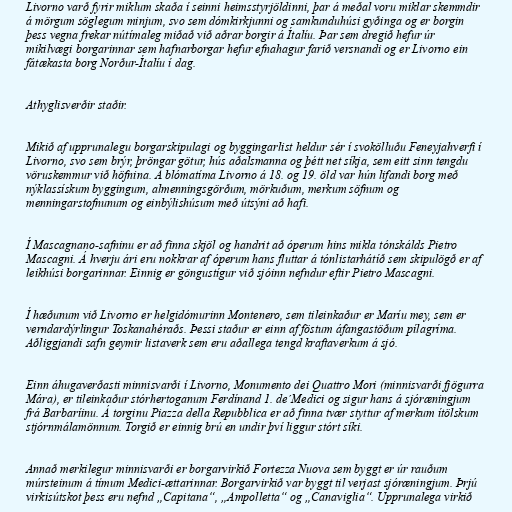
Livorno varð fyrir miklum skaða í seinni heimsstyrjöldinni, þar á meðal voru miklar skemmdir
á mörgum söglegum minjum, svo sem dómkirkjunni og samkunduhúsi gyðinga og er borgin
þess vegna frekar nútímaleg miðað við aðrar borgir á Ítalíu. Þar sem dregið hefur úr
mikilvægi borgarinnar sem hafnarborgar hefur efnahagur farið versnandi og er Livorno ein
fátækasta borg Norður-Ítalíu í dag.

Athyglisverðir staðir.

Mikið af upprunalegu borgarskipulagi og byggingarlist heldur sér í svokölluðu Feneyjahverfi í
Livorno, svo sem brýr, þröngar götur, hús aðalsmanna og þétt net síkja, sem eitt sinn tengdu
vöruskemmur við höfnina. Á blómatíma Livorno á 18. og 19. öld var hún lifandi borg með
nýklassískum byggingum, almenningsgörðum, mörkuðum, merkum söfnum og
menningarstofnunum og einbýlishúsum með útsýni að hafi.

Í Mascagnano-safninu er að finna skjöl og handrit að óperum hins mikla tónskálds Pietro
Mascagni. Á hverju ári eru nokkrar af óperum hans fluttar á tónlistarhátíð sem skipulögð er af
leikhúsi borgarinnar. Einnig er göngustígur við sjóinn nefndur eftir Pietro Mascagni.

Í hæðunum við Livorno er helgidómurinn Montenero, sem tileinkaður er Maríu mey, sem er
verndardýrlingur Toskanahéraðs. Þessi staður er einn af föstum áfangastöðum pílagríma.
Aðliggjandi safn geymir listaverk sem eru aðallega tengd kraftaverkum á sjó.

Einn áhugaverðasti minnisvarði í Livorno, Monumento dei Quattro Mori (minnisvarði fjögurra
Mára), er tileinkaður stórhertoganum Ferdínand 1. de´Medici og sigur hans á sjóræningjum
frá Barbaríinu. Á torginu Piazza della Repubblica er að finna tvær styttur af merkum ítölskum
stjórnmálamönnum. Torgið er einnig brú en undir því liggur stórt síki.

Annað merkilegur minnisvarði er borgarvirkið Fortezza Nuova sem byggt er úr rauðum
múrsteinum á tímum Medici-ættarinnar. Borgarvirkið var byggt til verjast sjóræningjum. Þrjú
virkisútskot þess eru nefnd „Capitana“, „Ampolletta“ og „Canaviglia“. Upprunalega virkið